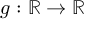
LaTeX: g : { \mathbb { R } } \rightarrow { \mathbb { R } }